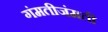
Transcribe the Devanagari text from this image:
गंमतीजंमती